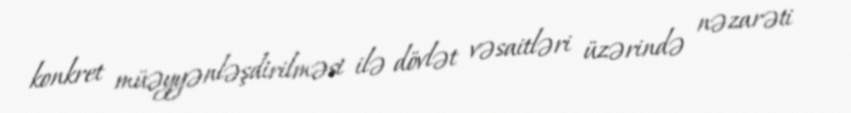
konkret müəyyənləşdirilməsi ilə dövlət vəsaitləri üzərində nəzarəti